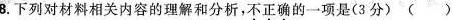
8.下列对材料相关内容的理解和分析，不正确的一项是(3分)( )